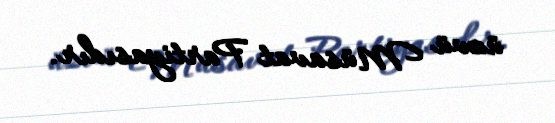
üzvü Müsavat Partiyasıdır.